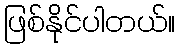
ဖြစ်နိုင်ပါတယ်။